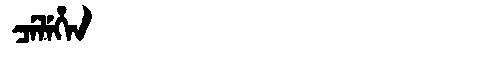
Manchu: ᠴᡝᠯᡝᡥᡝᠨ
Romanization: CELEHEN